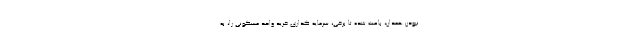
نبودن همدان، باعث شده تا برخی، سرمایه گذاری خرید واحد مسکونی را، به